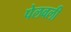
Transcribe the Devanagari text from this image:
पेलवली